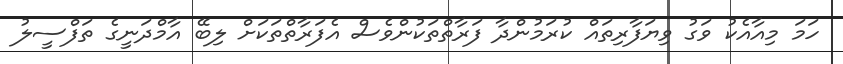
ހަމަ މިއާއެކު ވަގު ވިޔަފާރިތައް ކުރަމުންދާ ފަރާތްތަކުންވެސް އެފަރާތްތަކަށް ލިބޭ އާމްދަނީގެ ތަފްސީލު